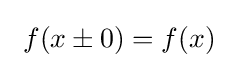
\,\,f(x\pm 0)=f(x)